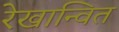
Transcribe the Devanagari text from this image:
रेखान्वित